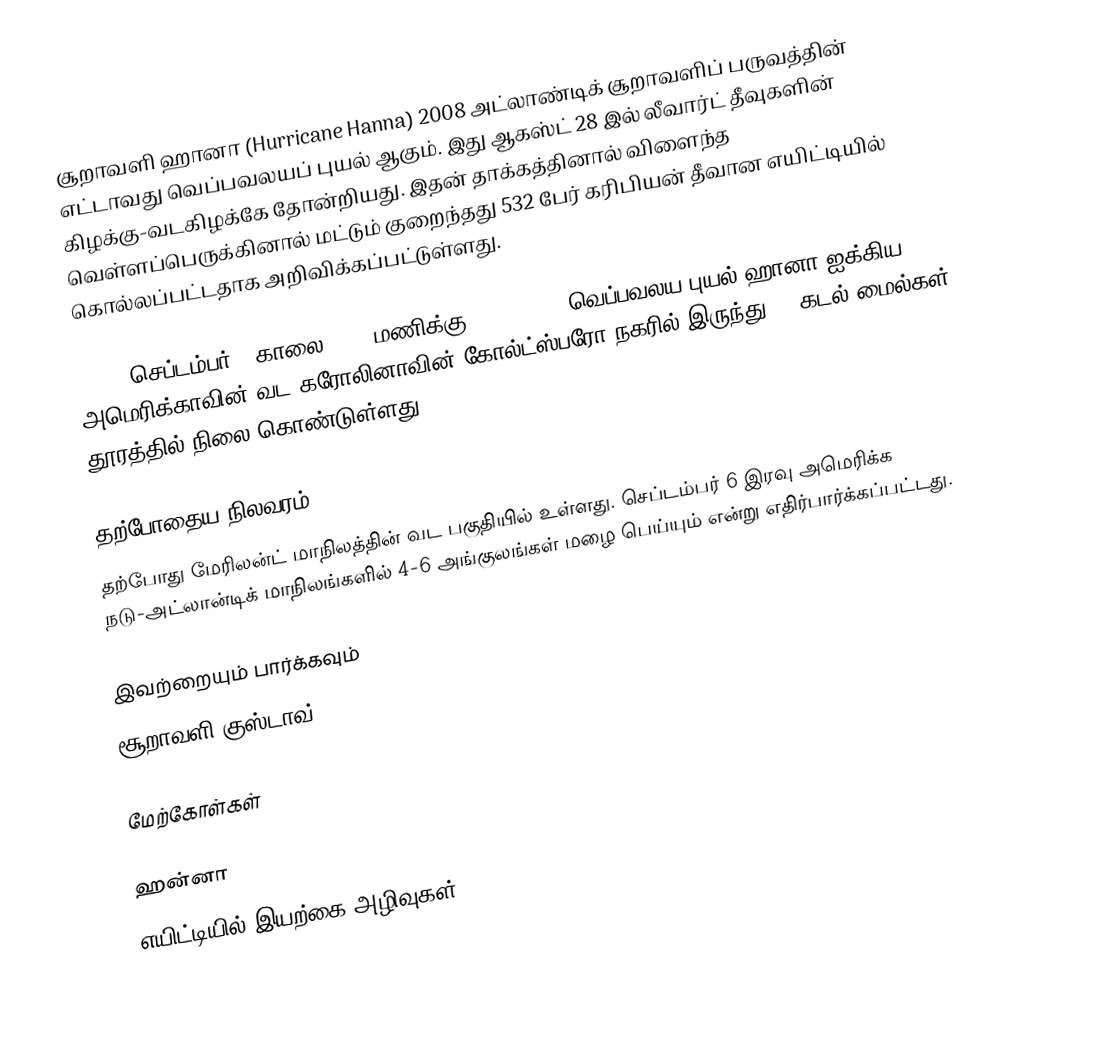
சூறாவளி ஹானா (Hurricane Hanna) 2008 அட்லாண்டிக் சூறாவளிப் பருவத்தின் எட்டாவது வெப்பவலயப் புயல் ஆகும். இது ஆகஸ்ட் 28 இல் லீவார்ட் தீவுகளின் கிழக்கு-வடகிழக்கே தோன்றியது. இதன் தாக்கத்தினால் விளைந்த வெள்ளப்பெருக்கினால் மட்டும் குறைந்தது 532 பேர் கரிபியன் தீவான எயிட்டியில் கொல்லப்பட்டதாக அறிவிக்கப்பட்டுள்ளது.

2008, செப்டம்பர் 6 காலை 8:00 மணிக்கு (1200 UTC) வெப்பவலய புயல் ஹானா ஐக்கிய அமெரிக்காவின் வட கரோலினாவின் கோல்ட்ஸ்பரோ நகரில் இருந்து 20 கடல் மைல்கள் தூரத்தில் நிலை கொண்டுள்ளது.

தற்போதைய நிலவரம்
தற்போது மேரிலன்ட் மாநிலத்தின் வட பகுதியில் உள்ளது. செப்டம்பர் 6 இரவு அமெரிக்க நடு-அட்லான்டிக் மாநிலங்களில் 4-6 அங்குலங்கள் மழை பெய்யும் என்று எதிர்பார்க்கப்பட்டது.

இவற்றையும் பார்க்கவும்
 சூறாவளி குஸ்டாவ்

மேற்கோள்கள்

ஹன்னா
எயிட்டியில் இயற்கை அழிவுகள்